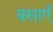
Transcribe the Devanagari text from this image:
वसाएँ